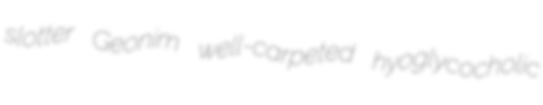
slotter Geonim well-carpeted hyoglycocholic